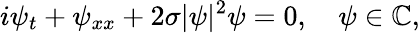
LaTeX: i\psi_{t}+\psi_{xx}+2\sigma|\psi|^{2}\psi=0,\quad\psi\in\mathbb{C},